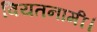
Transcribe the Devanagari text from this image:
वियतनामी।